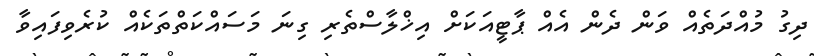
ދިގު މުއްދަތެއް ވަން ދެން އެއް ޕާޓީއަކަށް އިޚްލާސްތެރި ގިނަ މަސައްކަތްތަކެއް ކުރެވިފައިވާ